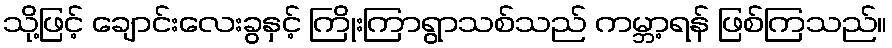
သို့ဖြင့် ချောင်းလေးခွနှင့် ကြိုးကြာရွာသစ်သည် ကမ္ဘာ့ရန် ဖြစ်ကြသည်။